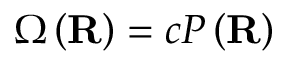
\Omega \left( \mathbf { R } \right) = c P \left( \mathbf { R } \right)